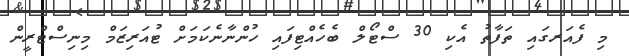
މި ފެއަރގައި ތަފާތު އެކި 30 ސްޓޯލް ބެހެއްޓިފައި ހުންނާނެކަމަށް ޓުއަރިޒަމް މިނިސްޓްރީން